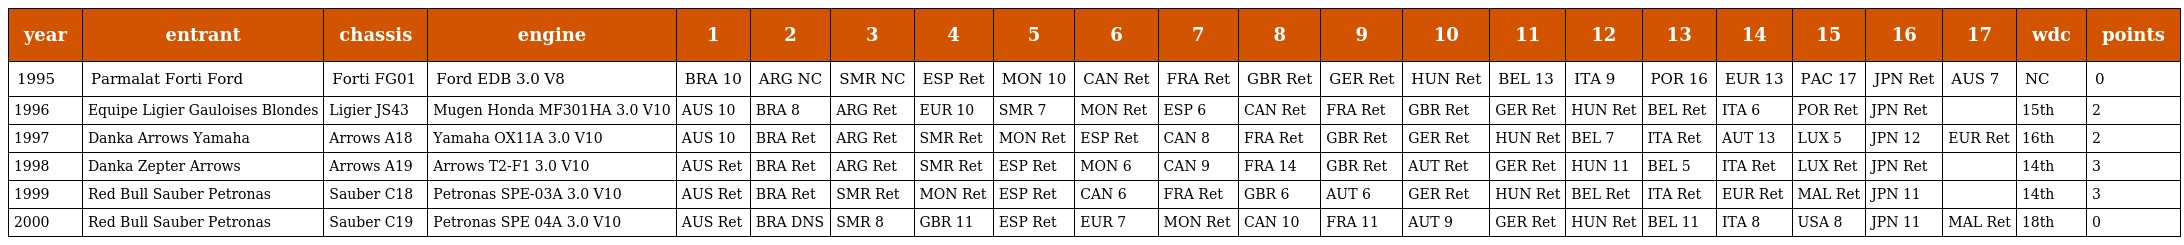
| year | entrant | chassis | engine | 1 | 2 | 3 | 4 | 5 | 6 | 7 | 8 | 9 | 10 | 11 | 12 | 13 | 14 | 15 | 16 | 17 | wdc | points |
 | --- | --- | --- | --- | --- | --- | --- | --- | --- | --- | --- | --- | --- | --- | --- | --- | --- | --- | --- | --- | --- | --- | --- |
 | 1995 | Parmalat Forti Ford | Forti FG01 | Ford EDB 3.0 V8 | BRA 10 | ARG NC | SMR NC | ESP Ret | MON 10 | CAN Ret | FRA Ret | GBR Ret | GER Ret | HUN Ret | BEL 13 | ITA 9 | POR 16 | EUR 13 | PAC 17 | JPN Ret | AUS 7 | NC | 0 |
 | 1996 | Equipe Ligier Gauloises Blondes | Ligier JS43 | Mugen Honda MF301HA 3.0 V10 | AUS 10 | BRA 8 | ARG Ret | EUR 10 | SMR 7 | MON Ret | ESP 6 | CAN Ret | FRA Ret | GBR Ret | GER Ret | HUN Ret | BEL Ret | ITA 6 | POR Ret | JPN Ret |  | 15th | 2 |
 | 1997 | Danka Arrows Yamaha | Arrows A18 | Yamaha OX11A 3.0 V10 | AUS 10 | BRA Ret | ARG Ret | SMR Ret | MON Ret | ESP Ret | CAN 8 | FRA Ret | GBR Ret | GER Ret | HUN Ret | BEL 7 | ITA Ret | AUT 13 | LUX 5 | JPN 12 | EUR Ret | 16th | 2 |
 | 1998 | Danka Zepter Arrows | Arrows A19 | Arrows T2-F1 3.0 V10 | AUS Ret | BRA Ret | ARG Ret | SMR Ret | ESP Ret | MON 6 | CAN 9 | FRA 14 | GBR Ret | AUT Ret | GER Ret | HUN 11 | BEL 5 | ITA Ret | LUX Ret | JPN Ret |  | 14th | 3 |
 | 1999 | Red Bull Sauber Petronas | Sauber C18 | Petronas SPE-03A 3.0 V10 | AUS Ret | BRA Ret | SMR Ret | MON Ret | ESP Ret | CAN 6 | FRA Ret | GBR 6 | AUT 6 | GER Ret | HUN Ret | BEL Ret | ITA Ret | EUR Ret | MAL Ret | JPN 11 |  | 14th | 3 |
 | 2000 | Red Bull Sauber Petronas | Sauber C19 | Petronas SPE 04A 3.0 V10 | AUS Ret | BRA DNS | SMR 8 | GBR 11 | ESP Ret | EUR 7 | MON Ret | CAN 10 | FRA 11 | AUT 9 | GER Ret | HUN Ret | BEL 11 | ITA 8 | USA 8 | JPN 11 | MAL Ret | 18th | 0 |